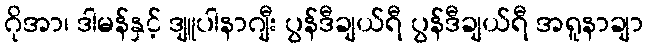
ဂိုအာ၊ ဒါမန်နှင့် ဒျူပါနာဂျီး ပွန်ဒီချယ်ရီ ပွန်ဒီချယ်ရီ အရူနာချာ